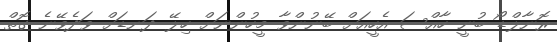
ރޮނާލްޑޯ ބުނީ ހާއްސަ އެހީއަށް ބޭނުންވާ މީހުންނަށް ހިލޭ ދަނޑަށް ވަދެވޭނެ ގޮތް